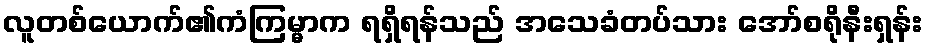
လူတစ်ယောက်၏ကံကြမ္မာက ရရှိရန်သည် အသေခံတပ်သား အော်စရိုနီးရှန်း